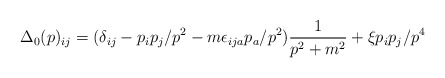
\begin{align*}\Delta_0(p)_{ij} = (\delta_{ij} - p_ip_j/p^2 -m \epsilon_{ija}p_a/p^2) \frac{1}{p^2 + m^2} + \xi p_ip_j/p^4\end{align*}